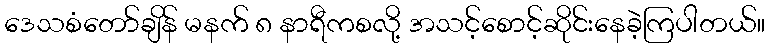
ဒေသစံတော်ချိန် မနက် ၈ နာရီကစလို့ အသင့်စောင့်ဆိုင်းနေခဲ့ကြပါတယ်။